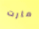
مارت